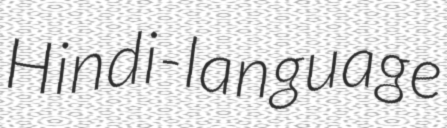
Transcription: Hindi-language